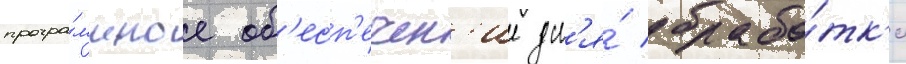
програ́ммное об'есп'ечен'ие дл'я́ обрабо́тк'и